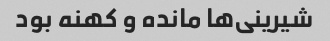
شیرینی‌ها مانده و کهنه بود